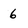
Character: 6